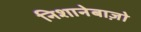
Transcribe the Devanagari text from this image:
निशानेबाज़ो